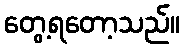
တွေ့ရတော့သည်။